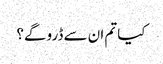
کیا تم ان سے ڈرو گے؟